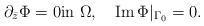
LaTeX: \begin{align*}\partial_{\bar z}\Phi = 0 \mbox{in}\,\,\Omega, \quad\mbox{Im}\,\Phi\vert_{\Gamma_0}=0.\end{align*}